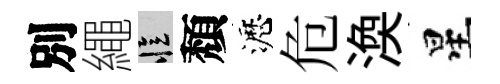
別繩忆頽瀝危渙星